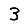
Digit: 3